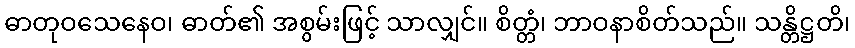
ဓာတုဝသေနေဝ၊ ဓာတ်၏ အစွမ်းဖြင့် သာလျှင်။ စိတ္တံ၊ ဘာဝနာစိတ်သည်။ သန္တိဋ္ဌတိ၊